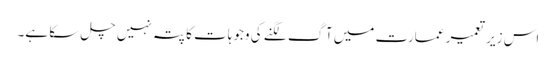
اس زیر تعمیر عمارت میں آگ لگنے کی وجوہات کا پتہ نہیں چل سکا ہے۔